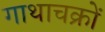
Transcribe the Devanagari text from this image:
गाथाचक्रों